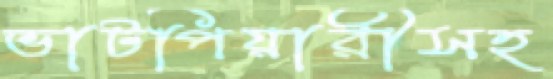
ভাটপিয়ারীসহ